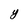
Character: y